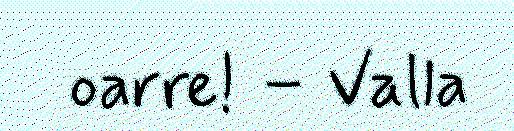
oarre! – Valla